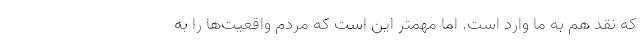
که نقد هم به ما وارد است. اما مهمتر این است که مردم واقعیت‌ها را به